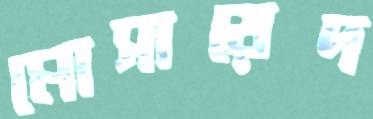
মোসায়েদ